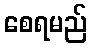
စေရမည်